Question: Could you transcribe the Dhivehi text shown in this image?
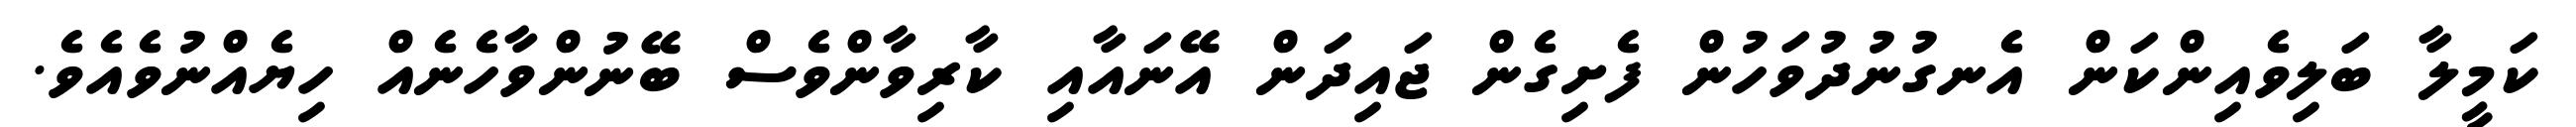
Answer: ކަމީލާ ބަލިވެއިންކަން އެނގުނުދުވަހުން ފެށިގެން ޖައިދަން އޭނައާއި ކާރިވާންވެސް ބޭނުންވާހެނެއް ހިޔެއްނުވެއެވެ.